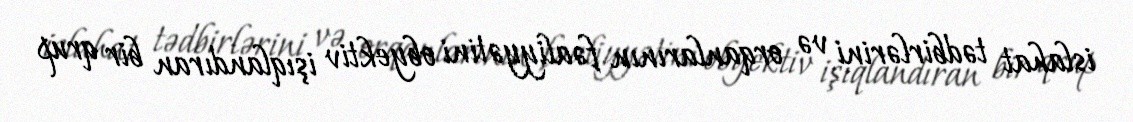
islahat tədbirlərini və orqanlarının fəaliyyətini obyektiv işıqlandıran bir qrup